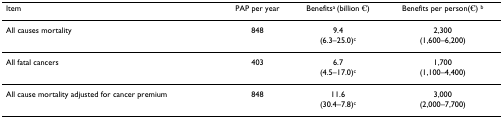
<table><thead><tr><td><b>Item</b></td><td><b>PAP per year</b></td><td><b>Benefits<sup>a </sup>(billion €)</b></td><td><b>Benefits per person(€) <sup>b</sup></b></td></tr></thead><tbody><tr><td>All causes mortality</td><td>848</td><td>9.4(6.3–25.0)<sup>c</sup></td><td>2,300(1,600–6,200)</td></tr><tr><td>All fatal cancers</td><td>403</td><td>6.7</td><td>1,700</td></tr><tr><td></td><td></td><td>(4.5–17.0)<sup>c</sup></td><td>(1,100–4,400)</td></tr><tr><td>All cause mortality adjusted for cancer premium</td><td>848</td><td>11.6(30.4–7.8)<sup>c</sup></td><td>3,000(2,000–7,700)</td></tr></tbody></table>